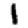
Digit: 1